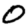
Digit: 0